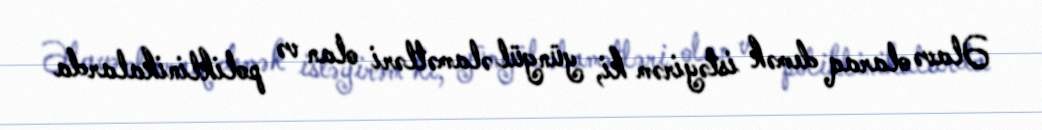
Əlavə olaraq demək istəyirəm ki, yüngül əlamətləri olan və poliklinikalarda